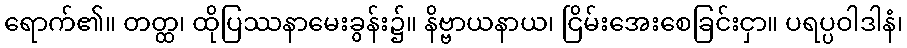
ရောက်၏။ တတ္ထ၊ ထိုပြဿနာမေးခွန်း၌။ နိဗ္ဗာယနာယ၊ ငြိမ်းအေးစေခြင်းငှာ။ ပရပ္ပဝါဒါနံ၊